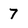
Character: 7